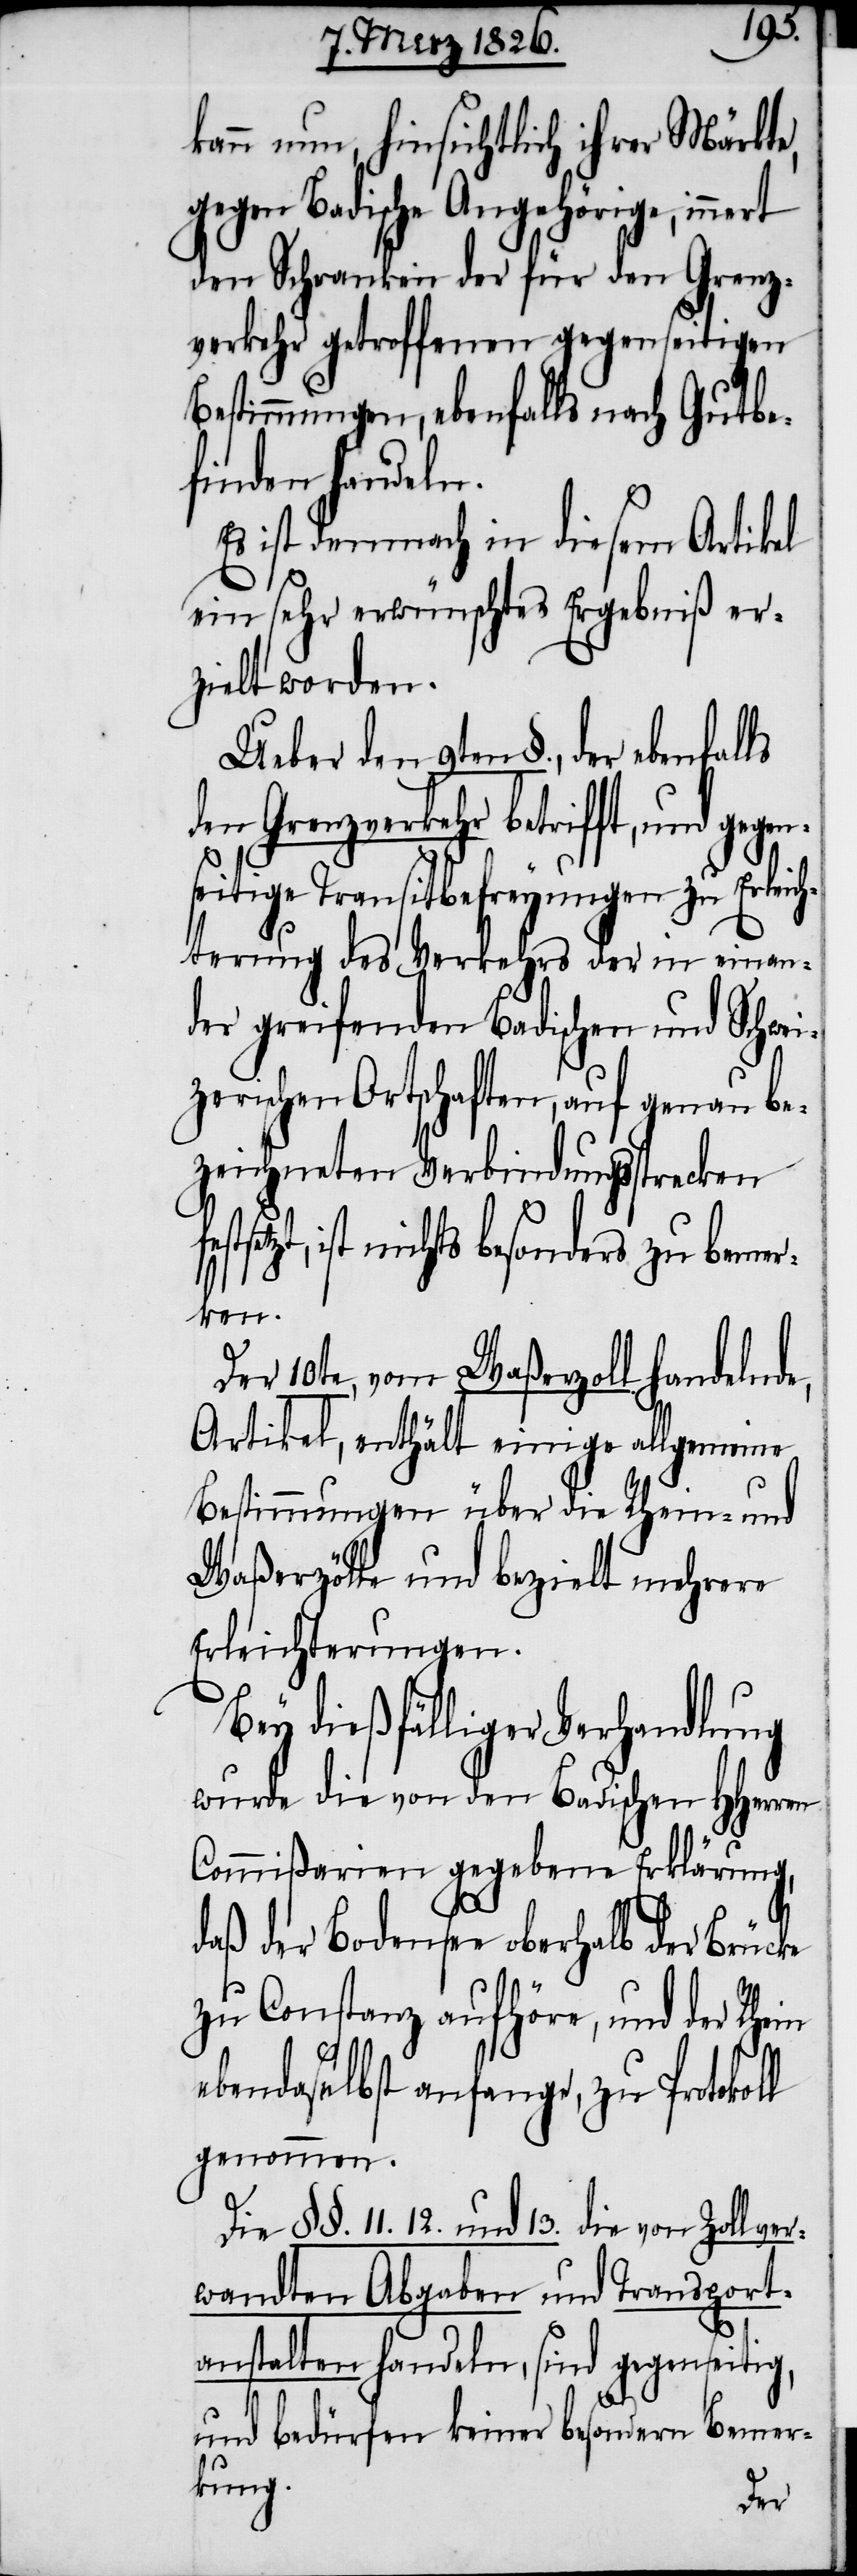
kann nun, hinsichtlich ihrer Märkte,
gegen Badische Angehörige, innert
den Schranken der für den Grenz¬
verkehr getroffenen gegenseitigen
Bestimmungen, ebenfalls nach Gutbe¬
finden handeln.
Es ist demnach in diesem Artikel
ein sehr erwünschtes Ergebniß er¬
zielt worden.
Ueber den 9ten §., der ebenfal¬
den Grenzverkehr betrifft, und ge¬
seitige Transitbefreyungen zu Erleic¬
hterung des Verkehrs der in einan¬
der greifenden Badischen und Schwei¬
zerischen Ortschaften, auf genau be¬
zeichneten Verbindungsstrecken
ist nichts besonders zu bemer¬
ken.
ls
Der 10te, von Waßerzoll handelnde,
Artikel, enthält einige allgemeine
Bestimmungen über die Rhein- und
Waßerzölle und bezielt mehrere
Erleichterungen.
Bey dießfälliger Verhandlung
wurde die von den Badischen HHerren
Commißarien gegebene Erklärung,
daß der Bodensee oberhalb der Brücke
zu Constanz aufhöre, und der Rhein
ebendaselbst anfange, zu Protokoll
genommen.
Die §§. 11. 12. und 13. die von Zollver¬
wandten Abgaben und Transport¬
anstalten handeln, sind gegenseitig,
und bedürfen keiner besondern Bemer¬
kung.